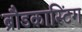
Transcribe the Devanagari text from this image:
ब्रौडकास्टिंग